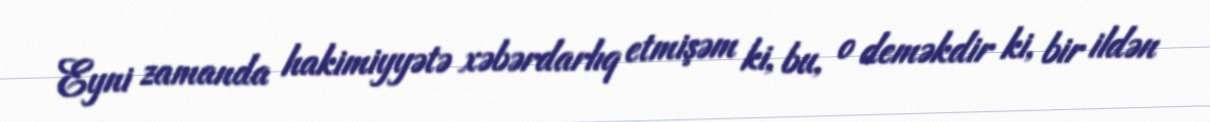
Eyni zamanda hakimiyyətə xəbərdarlıq etmişəm ki, bu, o deməkdir ki, bir ildən